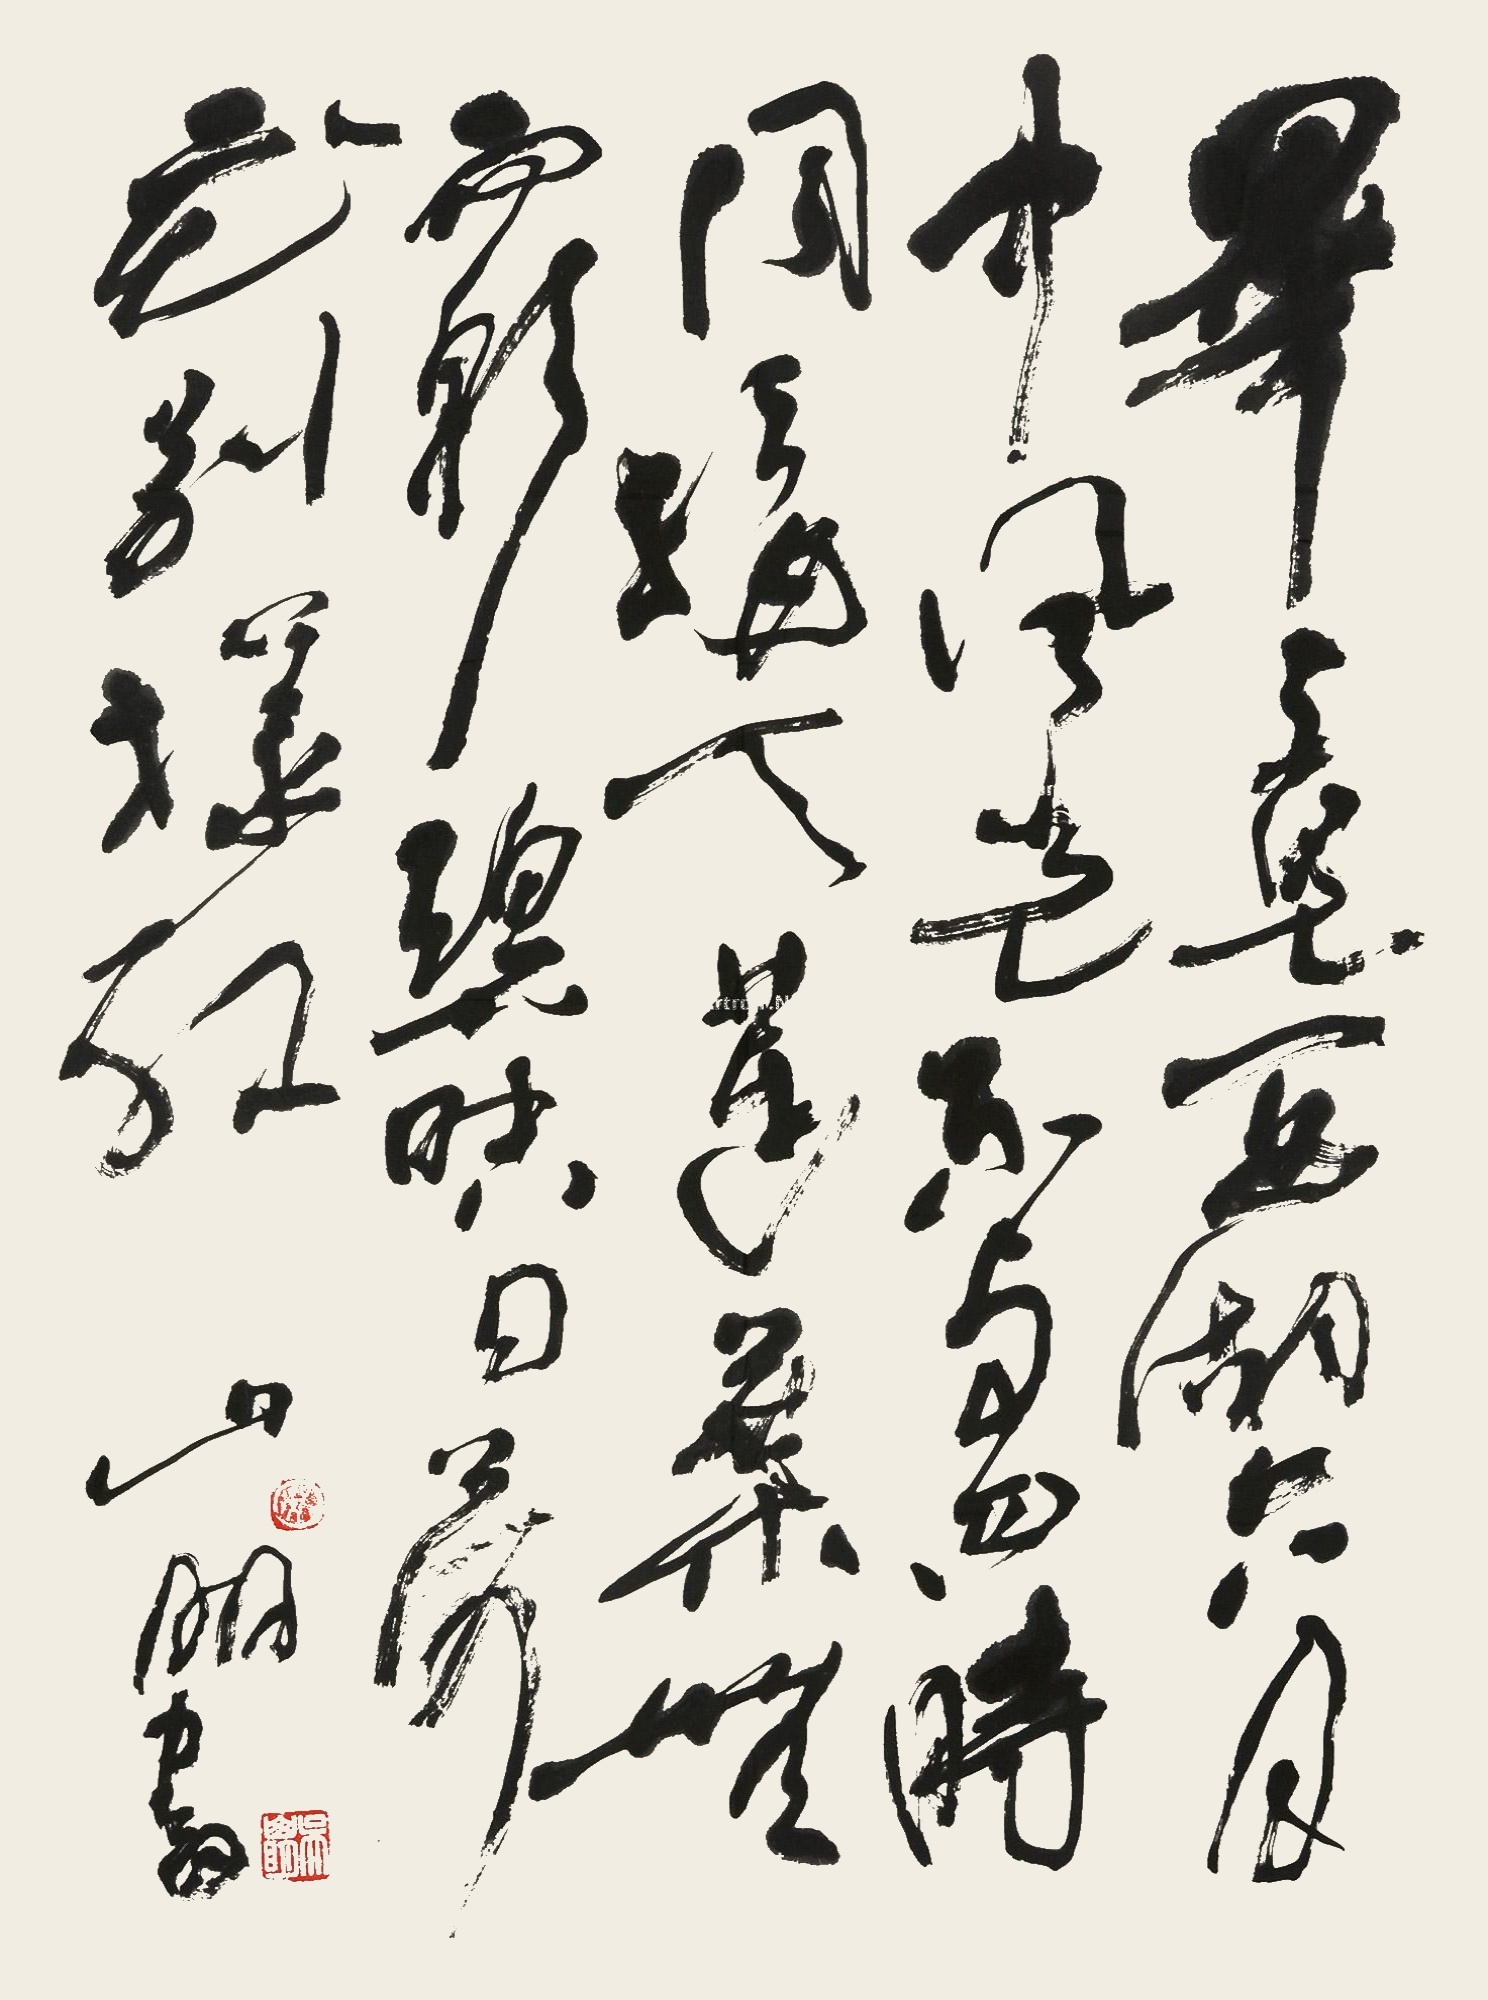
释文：毕竟西湖六月中，风光不与四时同。接天莲叶无穷碧，映日荷花别样红。山明书。